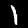
Digit: 1